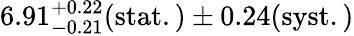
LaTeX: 6.91_{-0.21}^{+0.22}(\mathrm{stat.)\pm 0.24(\mathrm{syst.)}}